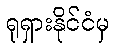
ရုရှားနိုင်ငံမှ